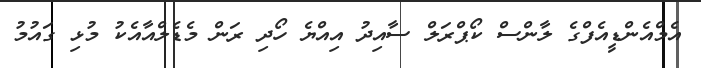
އެމްއެންޑީއެފްގެ ލާންސް ކޯޕްރަލް ސާއިދު އިއްޔެ ހޯދި ރަން މެޑެލްއާއެކު މުޅި ގައުމު